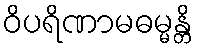
ဝိပရိဏာမဓမ္မန္တိ